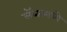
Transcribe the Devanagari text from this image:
लॅब्समध्ये